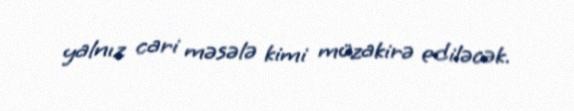
yalnız cari məsələ kimi müzakirə ediləcək.